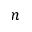
n